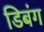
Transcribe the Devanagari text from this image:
डिबंग